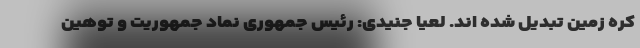
کره زمین تبدیل شده اند. لعیا جنیدی: رئیس جمهوری نماد جمهوریت و توهین